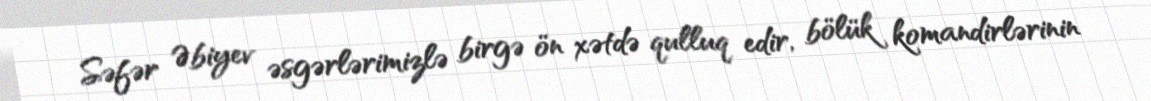
Səfər Əbiyev əsgərlərimizlə birgə ön xətdə qulluq edir, bölük komandirlərinin